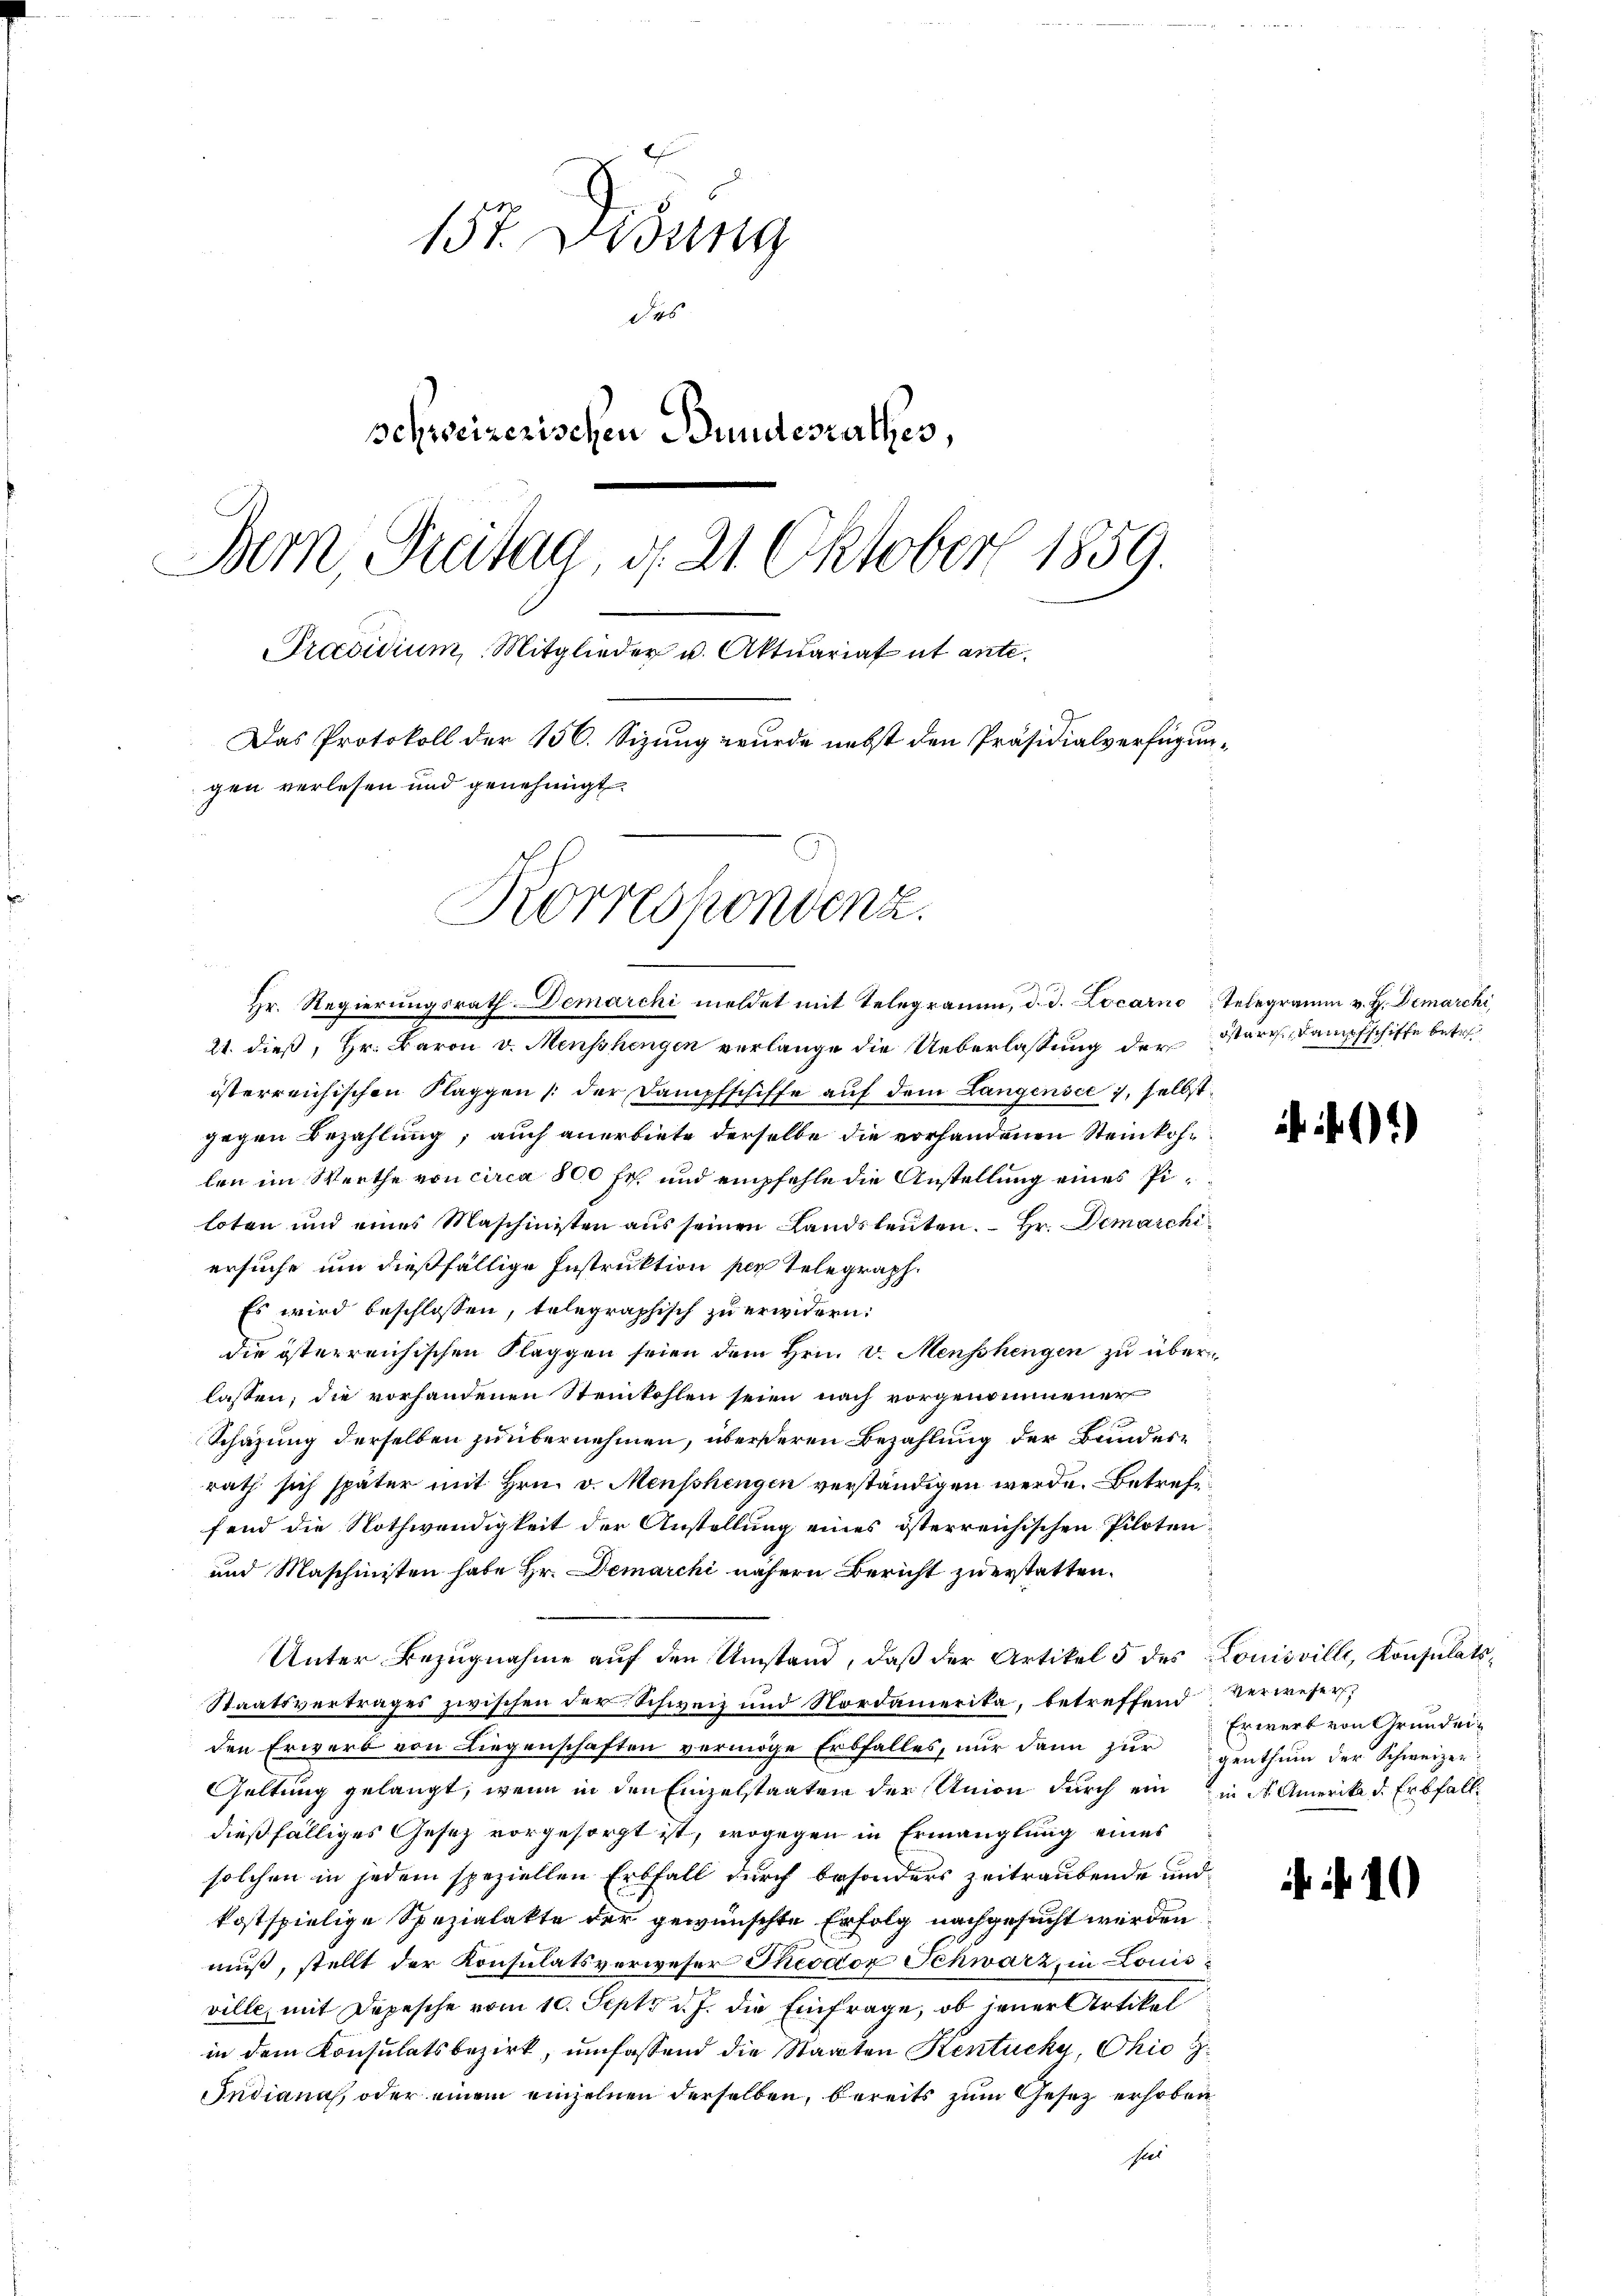
157. Didung
des
schweizerischen Bundesrathes,
Bern, Breitag, d. 21. Oktober 1859.
Präsidium Mitglieder u. Aktuariat ut ante.
Das Protokoll der 156. Sizung wurde nebst den Präsidialverfügungen verlesen und genehmigt.
Korrespondenz.

Hr. Regierungsrath Demarchi meldet mit Telegramm, d. d. Locarno Telegramm v. H. Demarchi

21. dieß, Hr. Baron v. Menschengen verlange die Ueberlassung der Starre Dampfschiffe betr.
österreichischen Klaggen der Dampfschiffe auf dem Langensee, selbst
gegen Bezahlung; auch anerbiete derselbe die vorhandenen Steinkohlen im Werthe von circa 800 fr. und empfehle die Anstellung eines Piloten und eines Maschinisten aŭs seinen Landsleuten. Hr. Demarchiersuche um dießfällige Instruktion per Telegraph.
Es wird beschlossen, telegraphisch zu erwidern:
die österreichischen Klaggen seien dem Hrn. v. Menschengen zu überlassen; die vorhandenen Steinkohlen seien nach vorgenommener
Schazung derselben zu übernehmen, übersteren Bezahlung der Bundere
rath sich später mit Hrn. v. Menschengen verständigen werde. Betreffend die Nothwendigkeit der Anstellung eines österreichischen Piloten¬
und Maschinisten habe Hr. Demarchi nähern Bericht zuerstatten.
Unter Bezugnahme auf den Umstand, daß der Artikel 5 des Louisville, Konsulats¬
Staatsvertrages zwischen der Schweiz und Nordamerika, betreffend Verweser
den Erwerb von Liegenschaften vermöge Erbfalles, nur dann zur genthum der Schweizer
Geltung gelangt, wenn in den Einzelstaaten der Union durch ein in der Amerika d. Erbfall
dießfälliges Gesetz vorgesorgt ist, wogegen in Ermanglung eines
solchen in jedem speziellen Erbfall durch besonders zeitraubende und
kostspielige Spezialakte der gewünschte Erfolg nachgesucht werden
muß, stellt der Konsulatsverweser Theodor Schwarz, in Louis
ville, mit Depesche vom 10. Sept d. J. die Einfrage, ob jener Artikel
in dem Konsulatsbezirk, umfassend die Staaten Kentucky, Chio H.
Indiana, oder einem einzelnen derselben, bereits zum Gesetz erhoben
seel

61)

Erwerb von Grundei¬

10